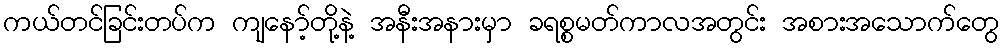
ကယ်တင်ခြင်းတပ်က ကျနော့်တို့နဲ့ အနီးအနားမှာ ခရစ္စမတ်ကာလအတွင်း အစားအသောက်တွေ